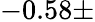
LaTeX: -0.58\pm